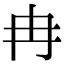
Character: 冉